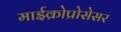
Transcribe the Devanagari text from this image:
माईक्रोप्रोसेसर